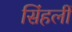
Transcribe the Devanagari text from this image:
सिंहलीं